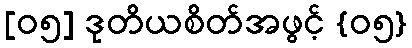
[၀၅] ဒုတိယစိတ်အဖွင့် {၀၅}